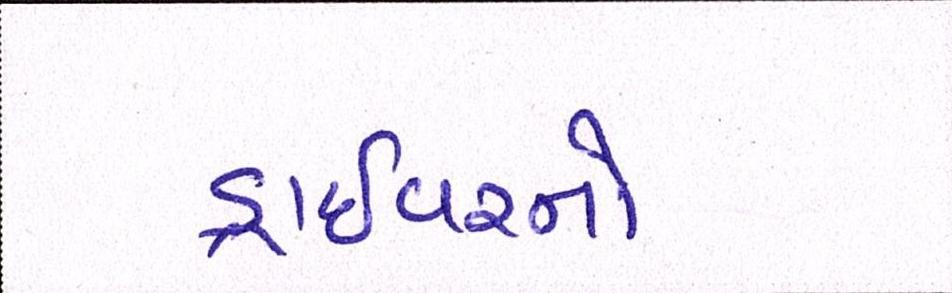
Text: ડ્રાઇવરનો